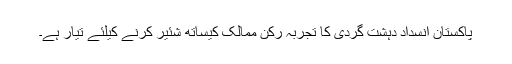
پاکستان انسداد دہشت گردی کا تجربہ رکن ممالک کیساتھ شئیر کرنے کیلئے تیار ہے۔